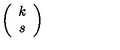
\left( \begin{array} { c } { k } \\ { s } \\ \end{array} \right)